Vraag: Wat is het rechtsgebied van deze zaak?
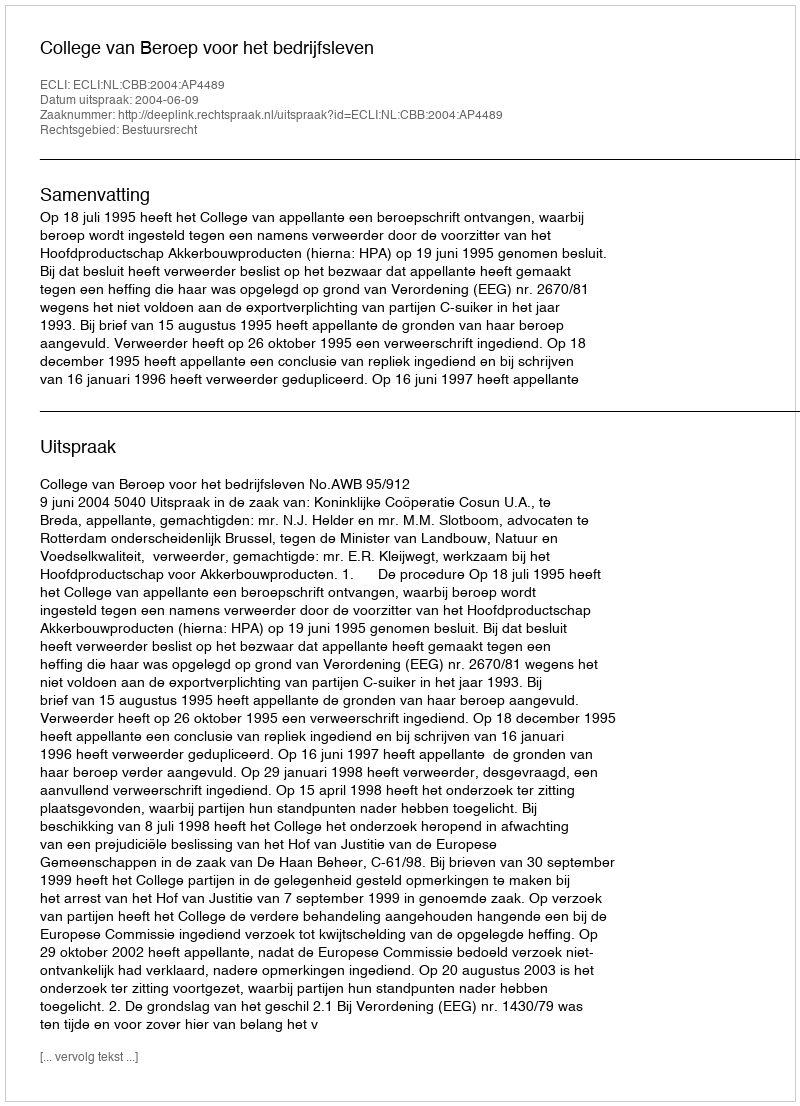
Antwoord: Bestuursrecht